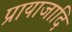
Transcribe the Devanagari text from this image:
प्रायाजादि